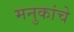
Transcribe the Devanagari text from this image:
मनुकांचे